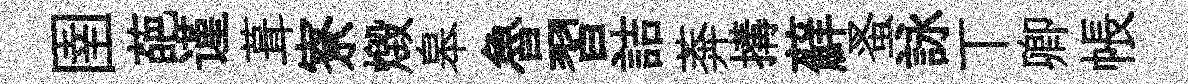
圉葩谨葺寮燬皋魯習詰莾搆蘚蚤詠丅卿帳